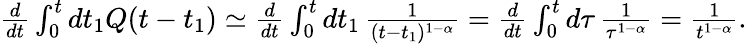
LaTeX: \begin{array}{r}{\frac{d}{dt}\int_{0}^{t}dt_{1}Q(t-t_{1})\simeq\frac{d}{dt}\int_{0}^{t}dt_{1}\, \frac{1}{(t-t_{1})^{1-\alpha}}=\frac{d}{dt}\int_{0}^{t}d\tau\, \frac{1}{\tau^{1-\alpha}}=\frac{1}{t^{1-\alpha}}.}\end{array}